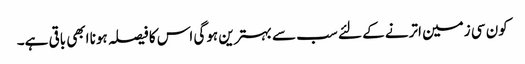
کون سی زمین اترنے کے لئے سب سے بہترین ہوگی اس کا فیصلہ ہونا ابھی باقی ہے۔